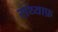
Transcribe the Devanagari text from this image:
सय्याफ़